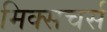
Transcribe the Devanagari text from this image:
मिक्सचर्स